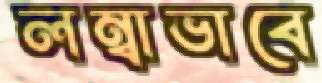
লম্বাভাবে